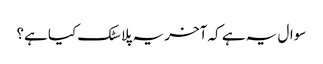
سوال یہ ہے کہ آخر یہ پلاسٹک کیا ہے؟